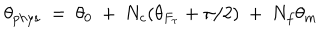
\theta _ { p h y s } ~ = ~ \theta _ { 0 } ~ + ~ N _ { c } ( \theta _ { F _ { \tau } } + \pi / 2 ) ~ + ~ N _ { f } \theta _ { m }